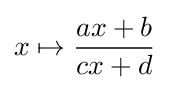
x\mapsto {\frac {ax+b}{cx+d}}